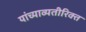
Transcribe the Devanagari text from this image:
यांच्याव्यतीरिक्त